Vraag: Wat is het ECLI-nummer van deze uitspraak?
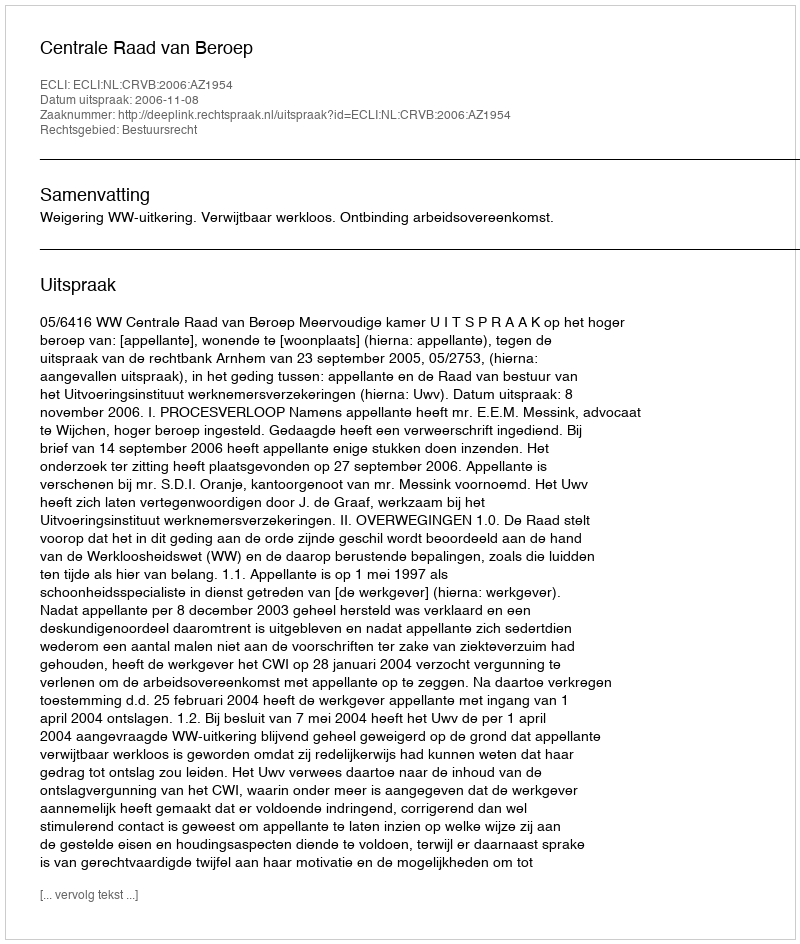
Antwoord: ECLI:NL:CRVB:2006:AZ1954